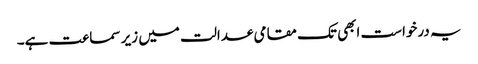
یہ درخواست ابھی تک مقامی عدالت میں زیر سماعت ہے۔